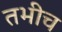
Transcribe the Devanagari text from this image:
तभीच